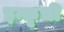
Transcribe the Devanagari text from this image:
इन्कृची